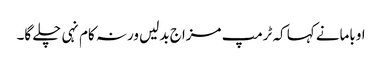
اوبامانے کہا کہ ٹرمپ مزاج بدلیں ورنہ کام نہی چلے گا۔